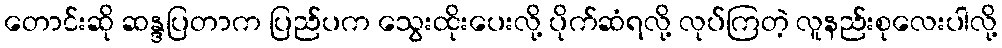
တောင်းဆို ဆန္ဒပြတာက ပြည်ပက သွေးထိုးပေးလို့ ပိုက်ဆံရလို့ လုပ်ကြတဲ့ လူနည်းစုလေးပါလို့